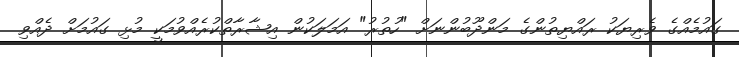
ގައުމެއްގެ ވެރިޔަކު ރައްޔިތުންގެ މަންދޫބުންނަށް "ހުތުރު" އަމަލަކުން އިޝާރާތްކުރެއްވުމަކީ މުޅި ގައުމަށް ދެއްވި